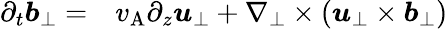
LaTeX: \begin{array}{rl}{\partial_{t}\boldsymbol{b}_{\perp}=}&{{}v_{\mathrm{A}}\partial_{z}\boldsymbol{u}_{\perp}+\nabla_{\perp}\times(\boldsymbol{u}_{\perp}\times\boldsymbol{b}_{\perp})}\end{array}